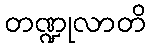
တဏ္ဍုလာတိ